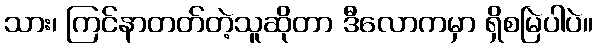
သား၊ ကြင်နာတတ်တဲ့သူဆိုတာ ဒီလောကမှာ ရှိစမြဲပါပဲ။